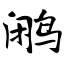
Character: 鹇